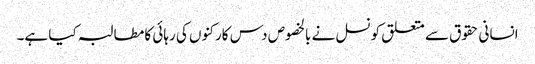
انسانی حقوق سے متعلق کونسل نے بالخصوص دس کارکنوں کی رہائی کا مطالبہ کیا ہے۔